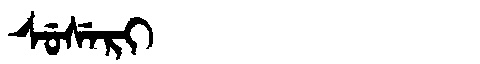
Manchu: ᠰᡠᠰᡝᡵᡳ
Romanization: SUSERI